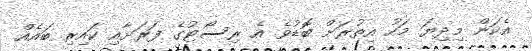
އެކަން މިދިޔަ މަހު އިތުރަށް ބޮޑުވެ އެ ރިސޯޓުގެ ފަރަށާއި ކައިރި ބައެއް